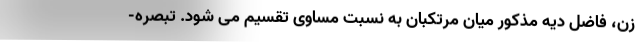
زن، فاضل دیه مذکور میان مرتکبان به نسبت مساوی تقسیم می شود. تبصره-